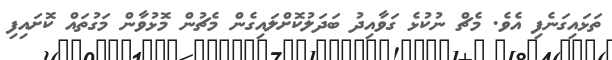
ތަޅައިގަނެފި އެވެ. މެޗް ނުކުޅެ ގަވާއިދު ބަދަލުކޮށްލައިގެން މެޗުން މޮޅުވާން މަގުތައް ކޮށައިފި